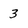
Character: 3